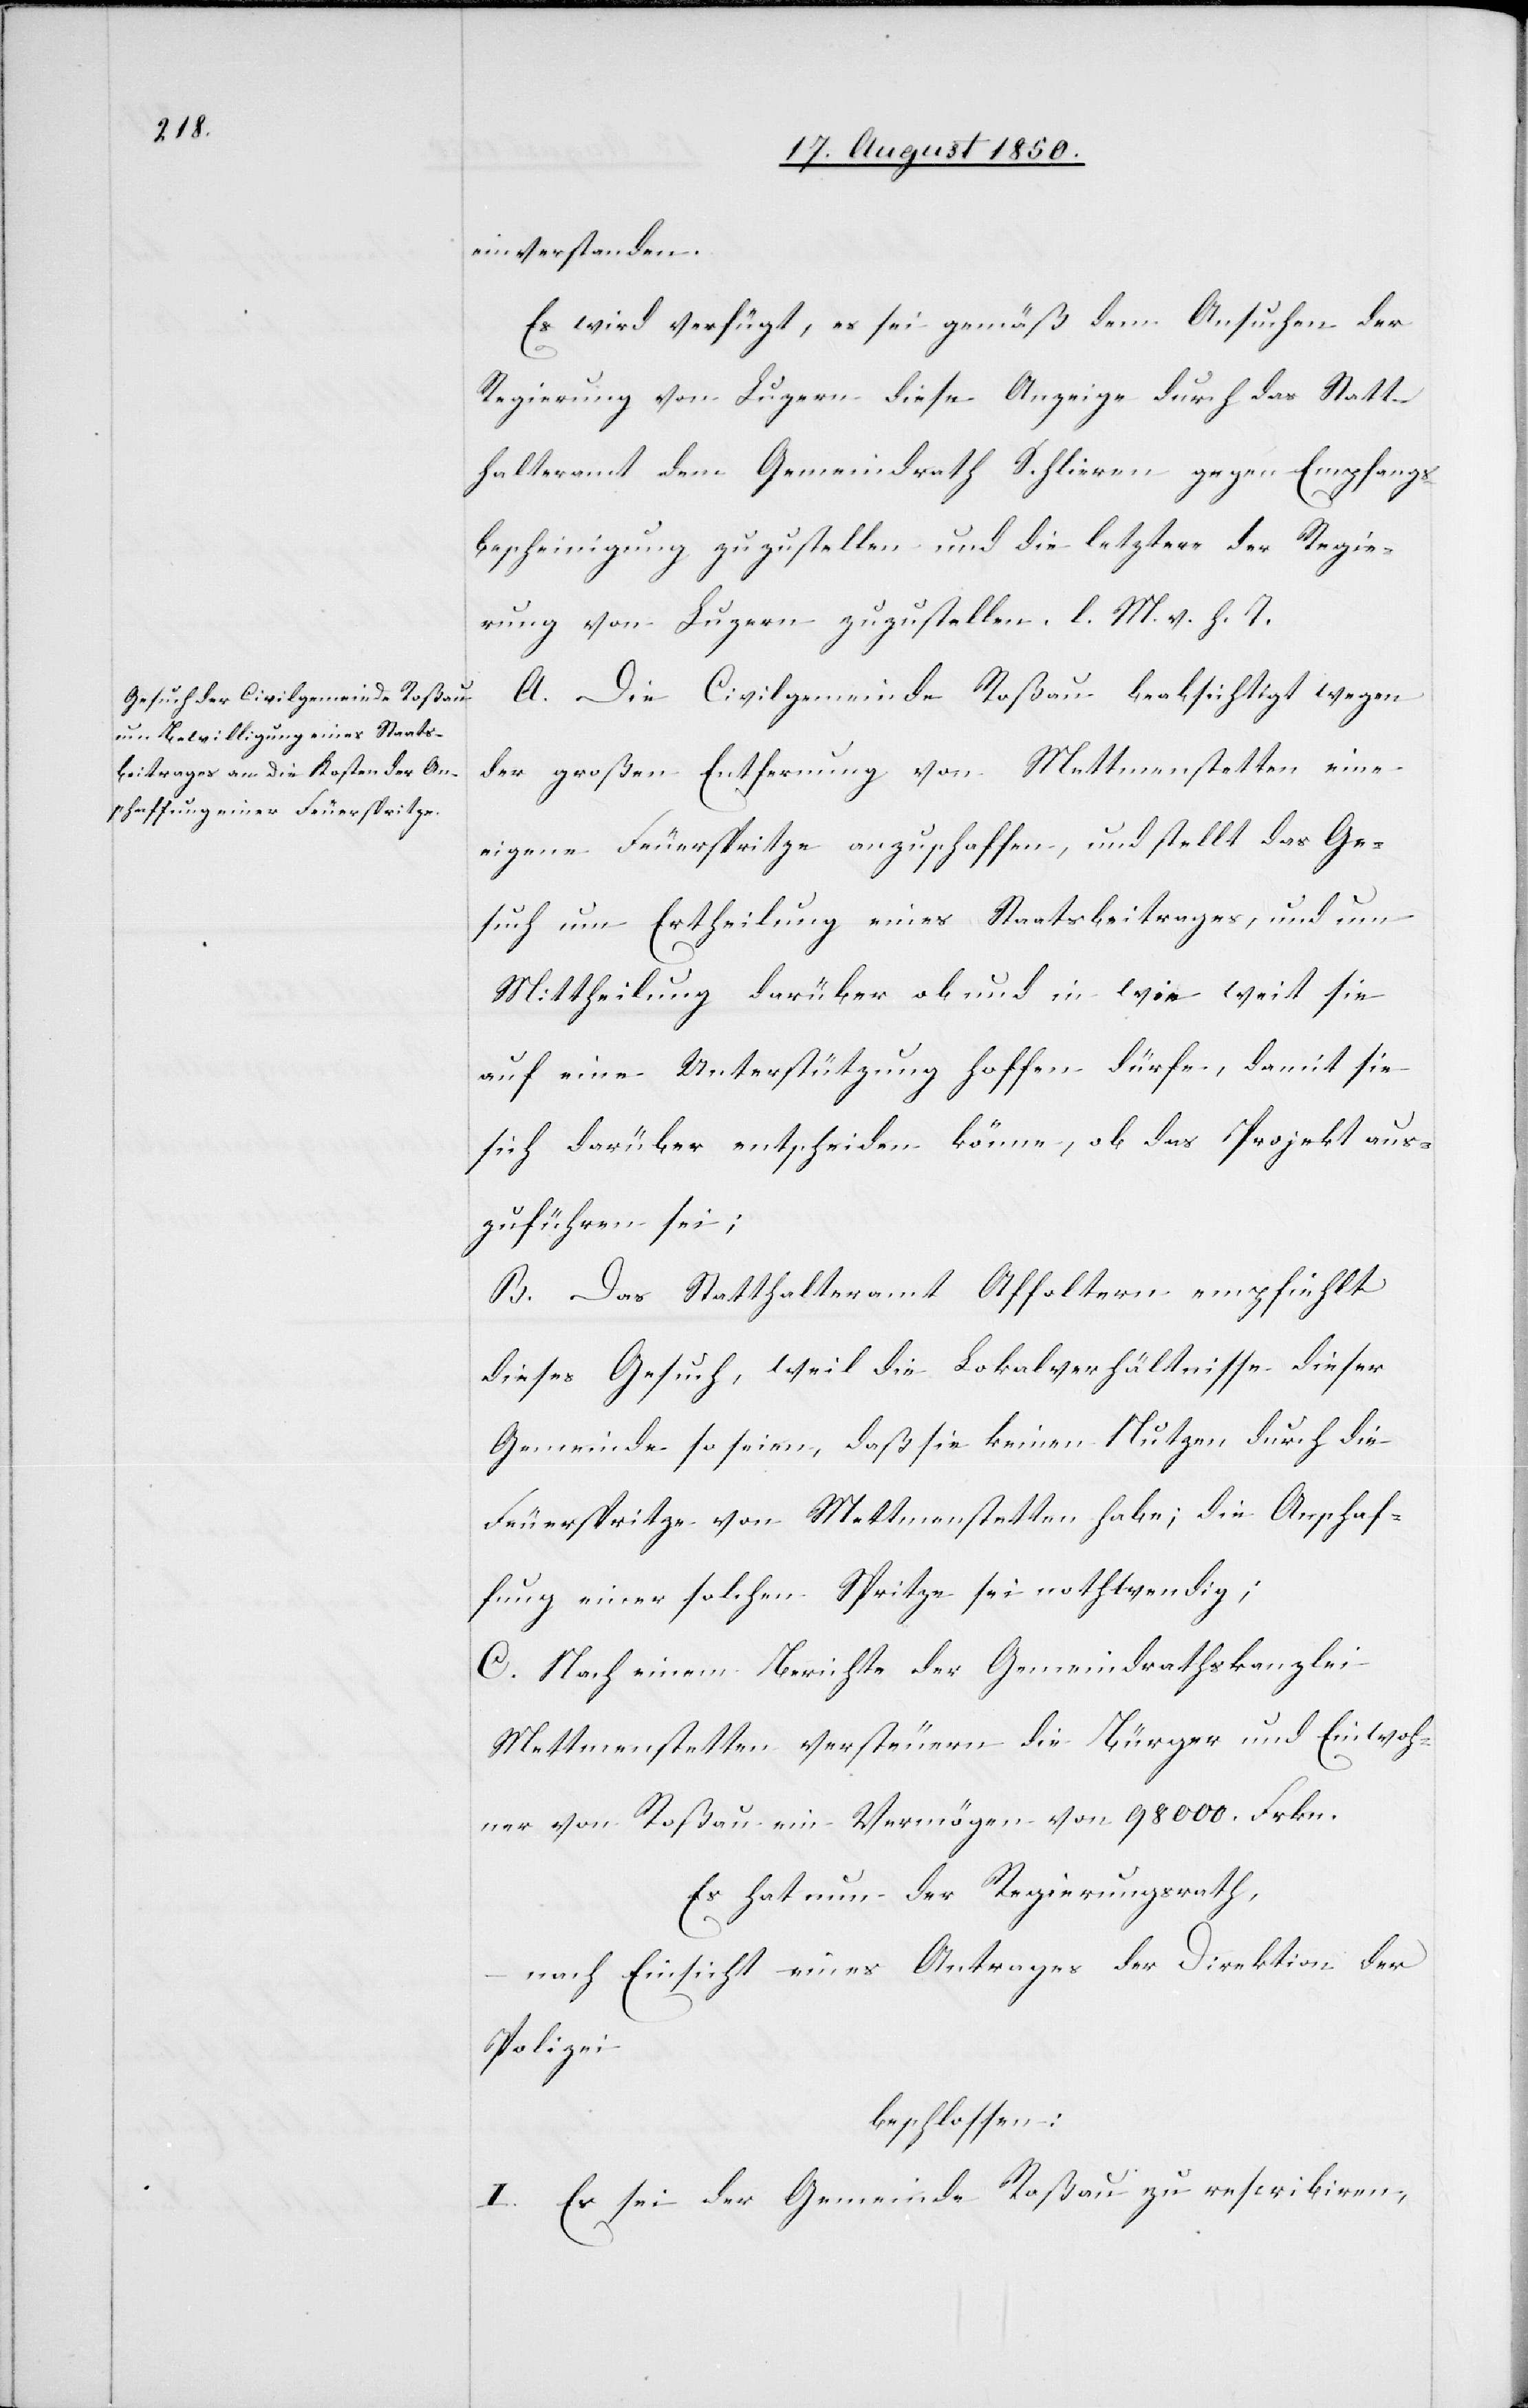
einverstanden.
der
Ansuchen
Es wird verfügt, es sei gemäß dem
Regierung von Luzern diese Anzeige durch das Statt¬
halteramt dem Gemeindrath Schlieren gegen Empfangs¬
bescheinigung zuzustellen und die letztere der Regie¬
rung von Luzern zuzustellen. l. M. v. h. T.
A. Die Civilgemeinde Roßau beabsichtigt wegen
der großen Entfernung von Mettmenstetten eine
eigene Feuerspritze anzuschaffen, und stellt das Ge¬
such um Ertheilung eines Staatsbeitrages, und um
Mittheilung darüber ob und in wie weit sie
auf eine Unterstützung hoffen dürfe, damit sie
sich darüber entscheiden könne, ob das Projekt aus¬
zuführen sei;
B. Das Statthalteramt Affoltern empfiehlt
dieses Gesuch, weil die Lokalverhältnisse dieser
Gemeinde so seien, daß sie keinen Nutzen durch die
Feuerspritze von Mettmenstetten habe; die Anschaf¬
fung einer solchen Spritze sei nothwendig;
C. Nach einem Berichte der Gemeindrathskanzlei
Mettmenstetten versteuern die Bürger und Einwoh¬
ner von Roßau ein Vermögen von 98 000. Frkn.
Es hat nun der Regierungsrath,
nach Einsicht eines Antrages der Direktion der
Polizei
beschlossen:
I. Es sei der Gemeinde Roßau zu rescribiren,